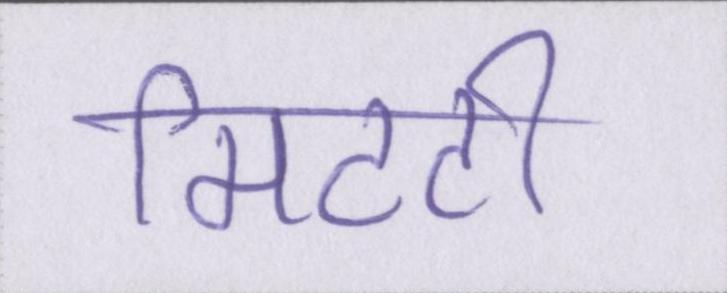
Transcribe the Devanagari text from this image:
मिटटी